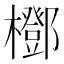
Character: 𣞽